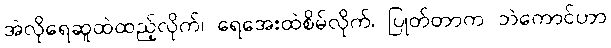
အဲလိုရေဆူထဲထည့်လိုက်၊ ရေအေးထဲစိမ်လိုက်၊ ပြုတ်တာက ဘဲကောင်ဟာ